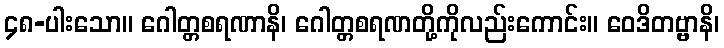
၄၈-ပါးသော။ ဂေါတ္တစရဏာနိ၊ ဂေါတ္တစရဏတို့ကိုလည်းကောင်း။ ဝေဒိတဗ္ဗာနိ၊